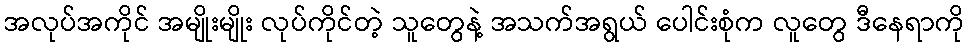
အလုပ်အကိုင် အမျိုးမျိုး လုပ်ကိုင်တဲ့ သူတွေနဲ့ အသက်အရွယ် ပေါင်းစုံက လူတွေ ဒီနေရာကို